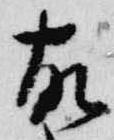
故